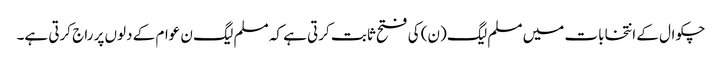
چکوال کے انتخابات میں مسلم لیگ (ن) کی فتح ثابت کرتی ہے کہ مسلم لیگ ن عوام کے دلوں پر راج کرتی ہے۔